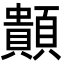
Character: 䫭